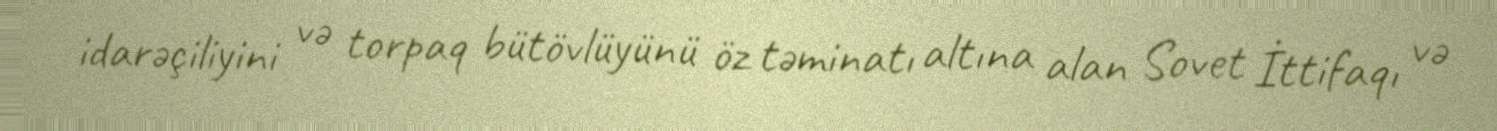
idarəçiliyini və torpaq bütövlüyünü öz təminatı altına alan Sovet İttifaqı və